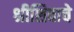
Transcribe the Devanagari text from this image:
श्रीशिवाचे